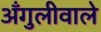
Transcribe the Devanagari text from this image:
अँगुलीवाले